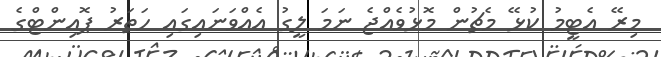
މިރޭ އެޓީމު ކުޅޭ މެޗުން މޮޅުވެއްޖެ ނަމަ ލީގު އެއްވަނައިގައި ހަތަރު ޕޮއިންޓްގެ